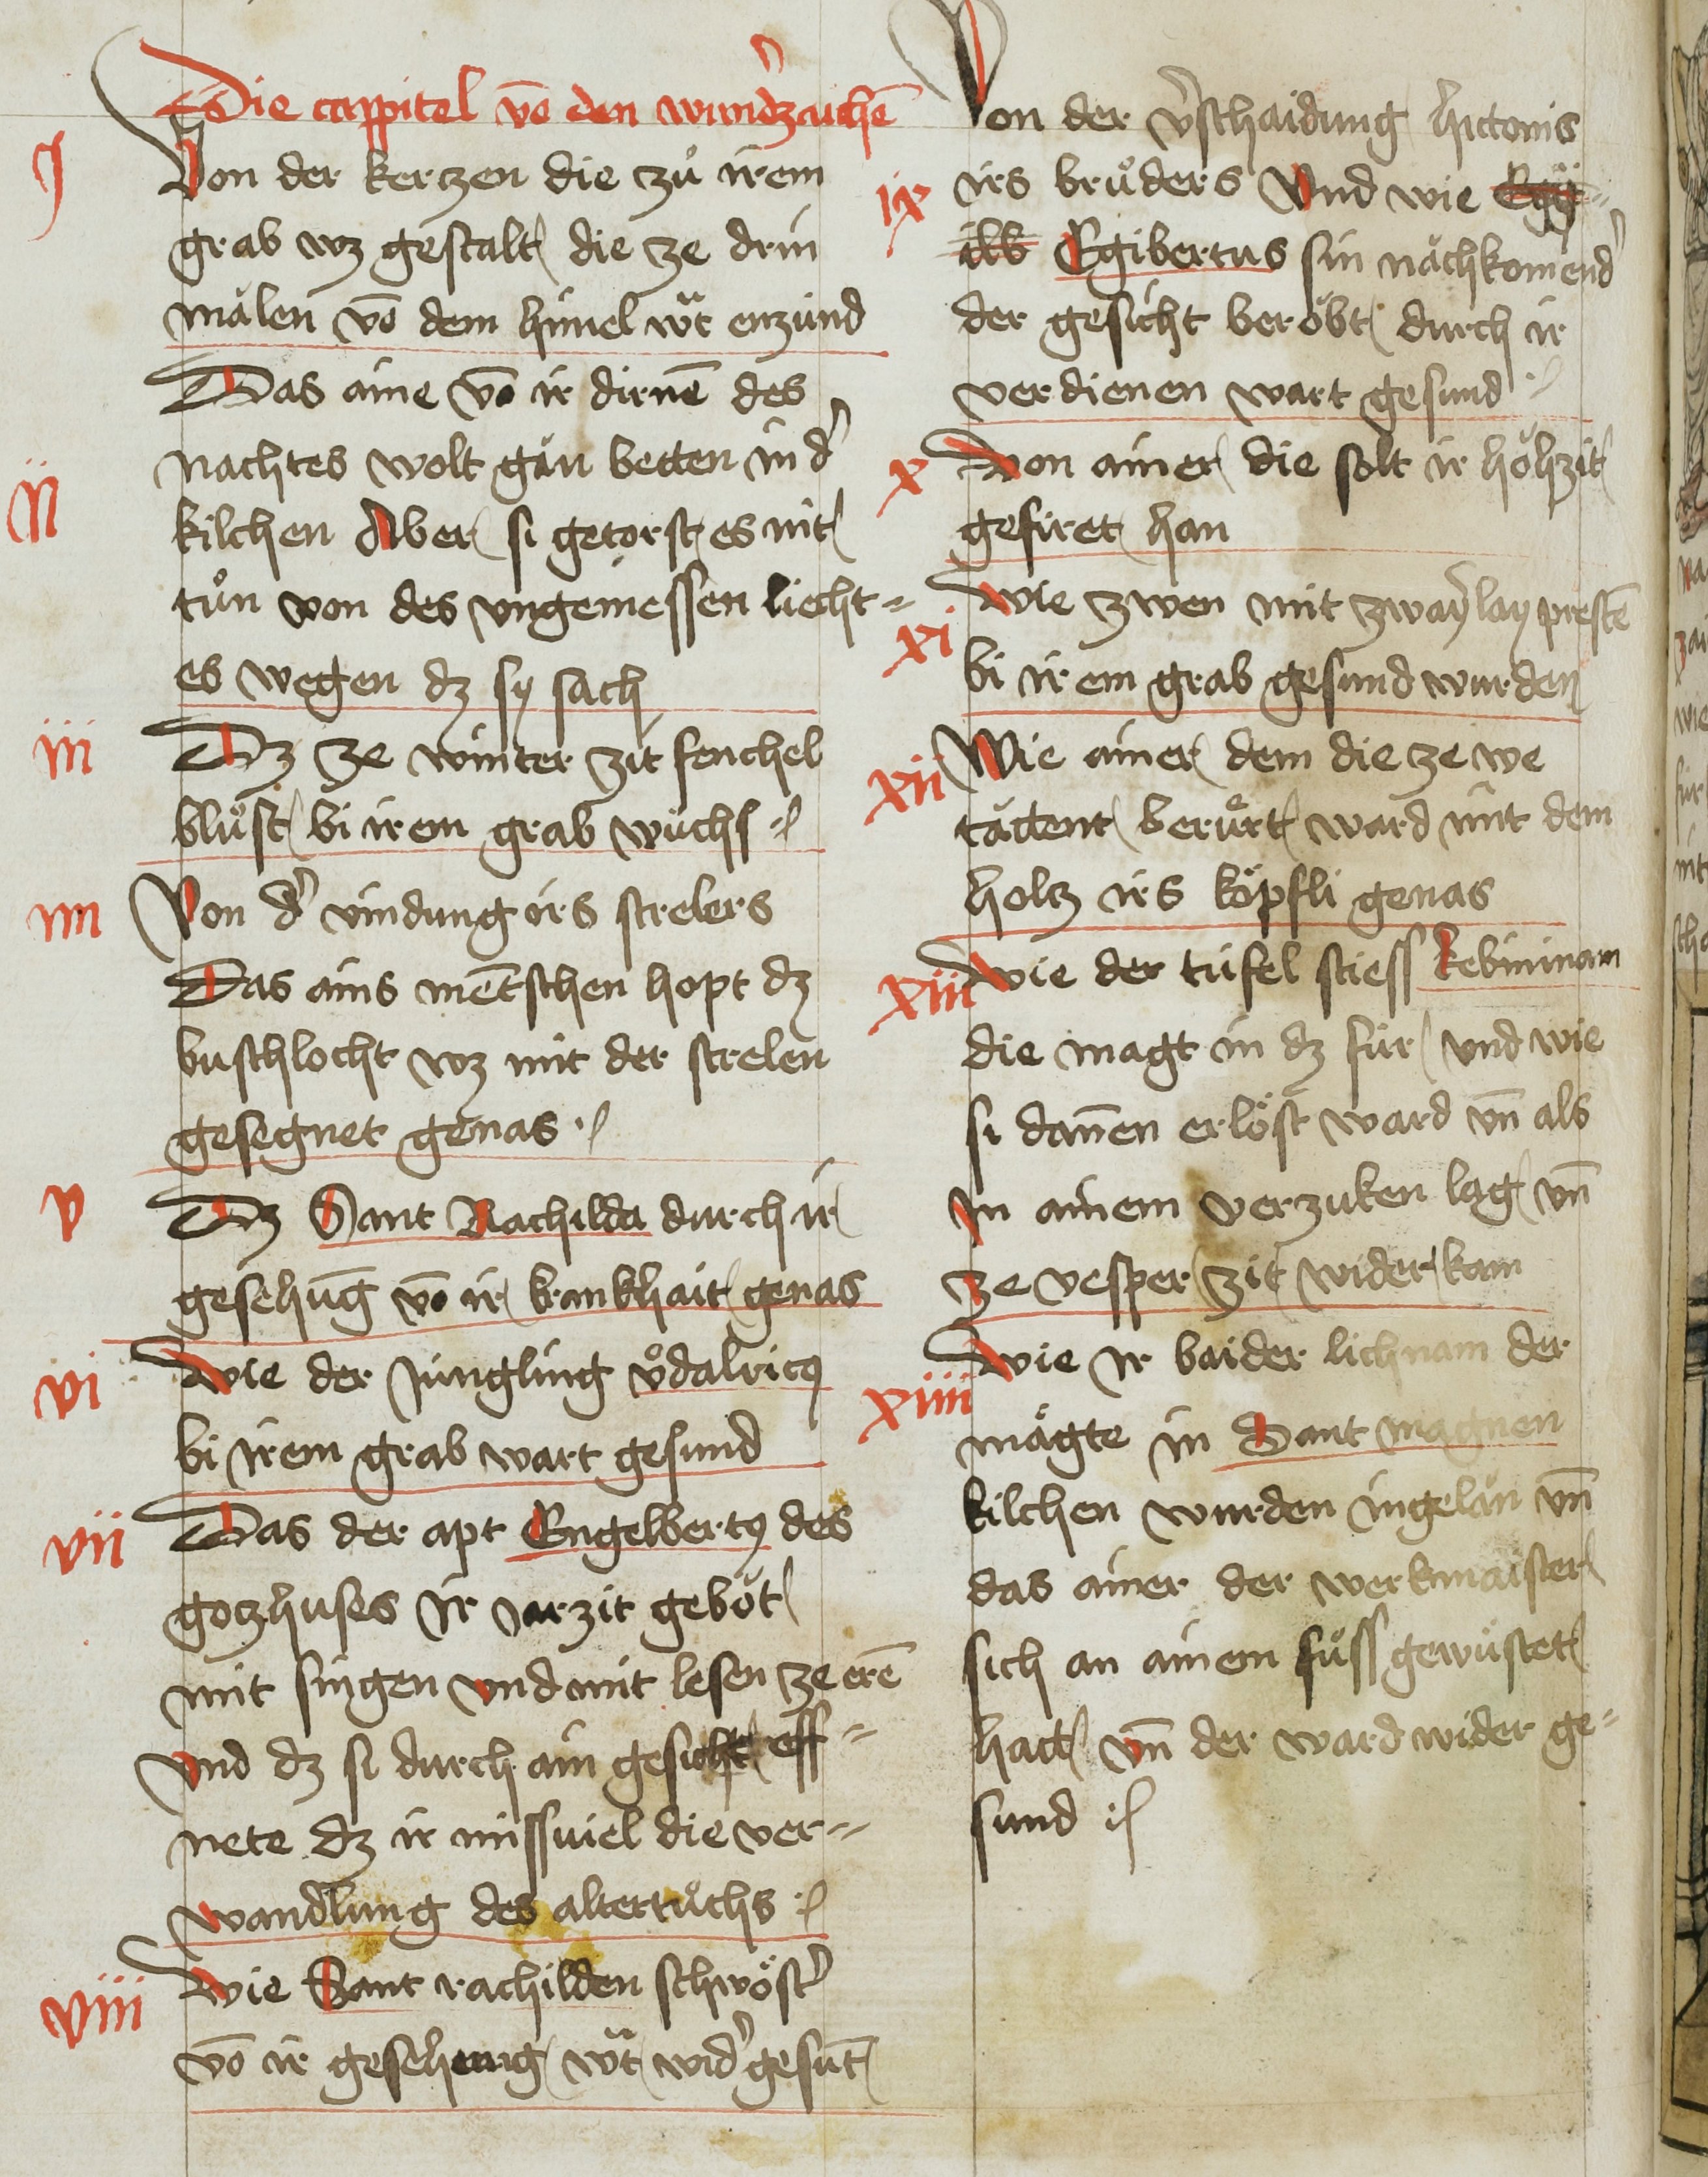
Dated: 1451–1460